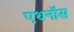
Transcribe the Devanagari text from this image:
एथनॉस